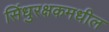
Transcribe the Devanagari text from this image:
सिंधुरक्षकमधील